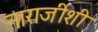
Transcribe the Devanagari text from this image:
नाराजीशी